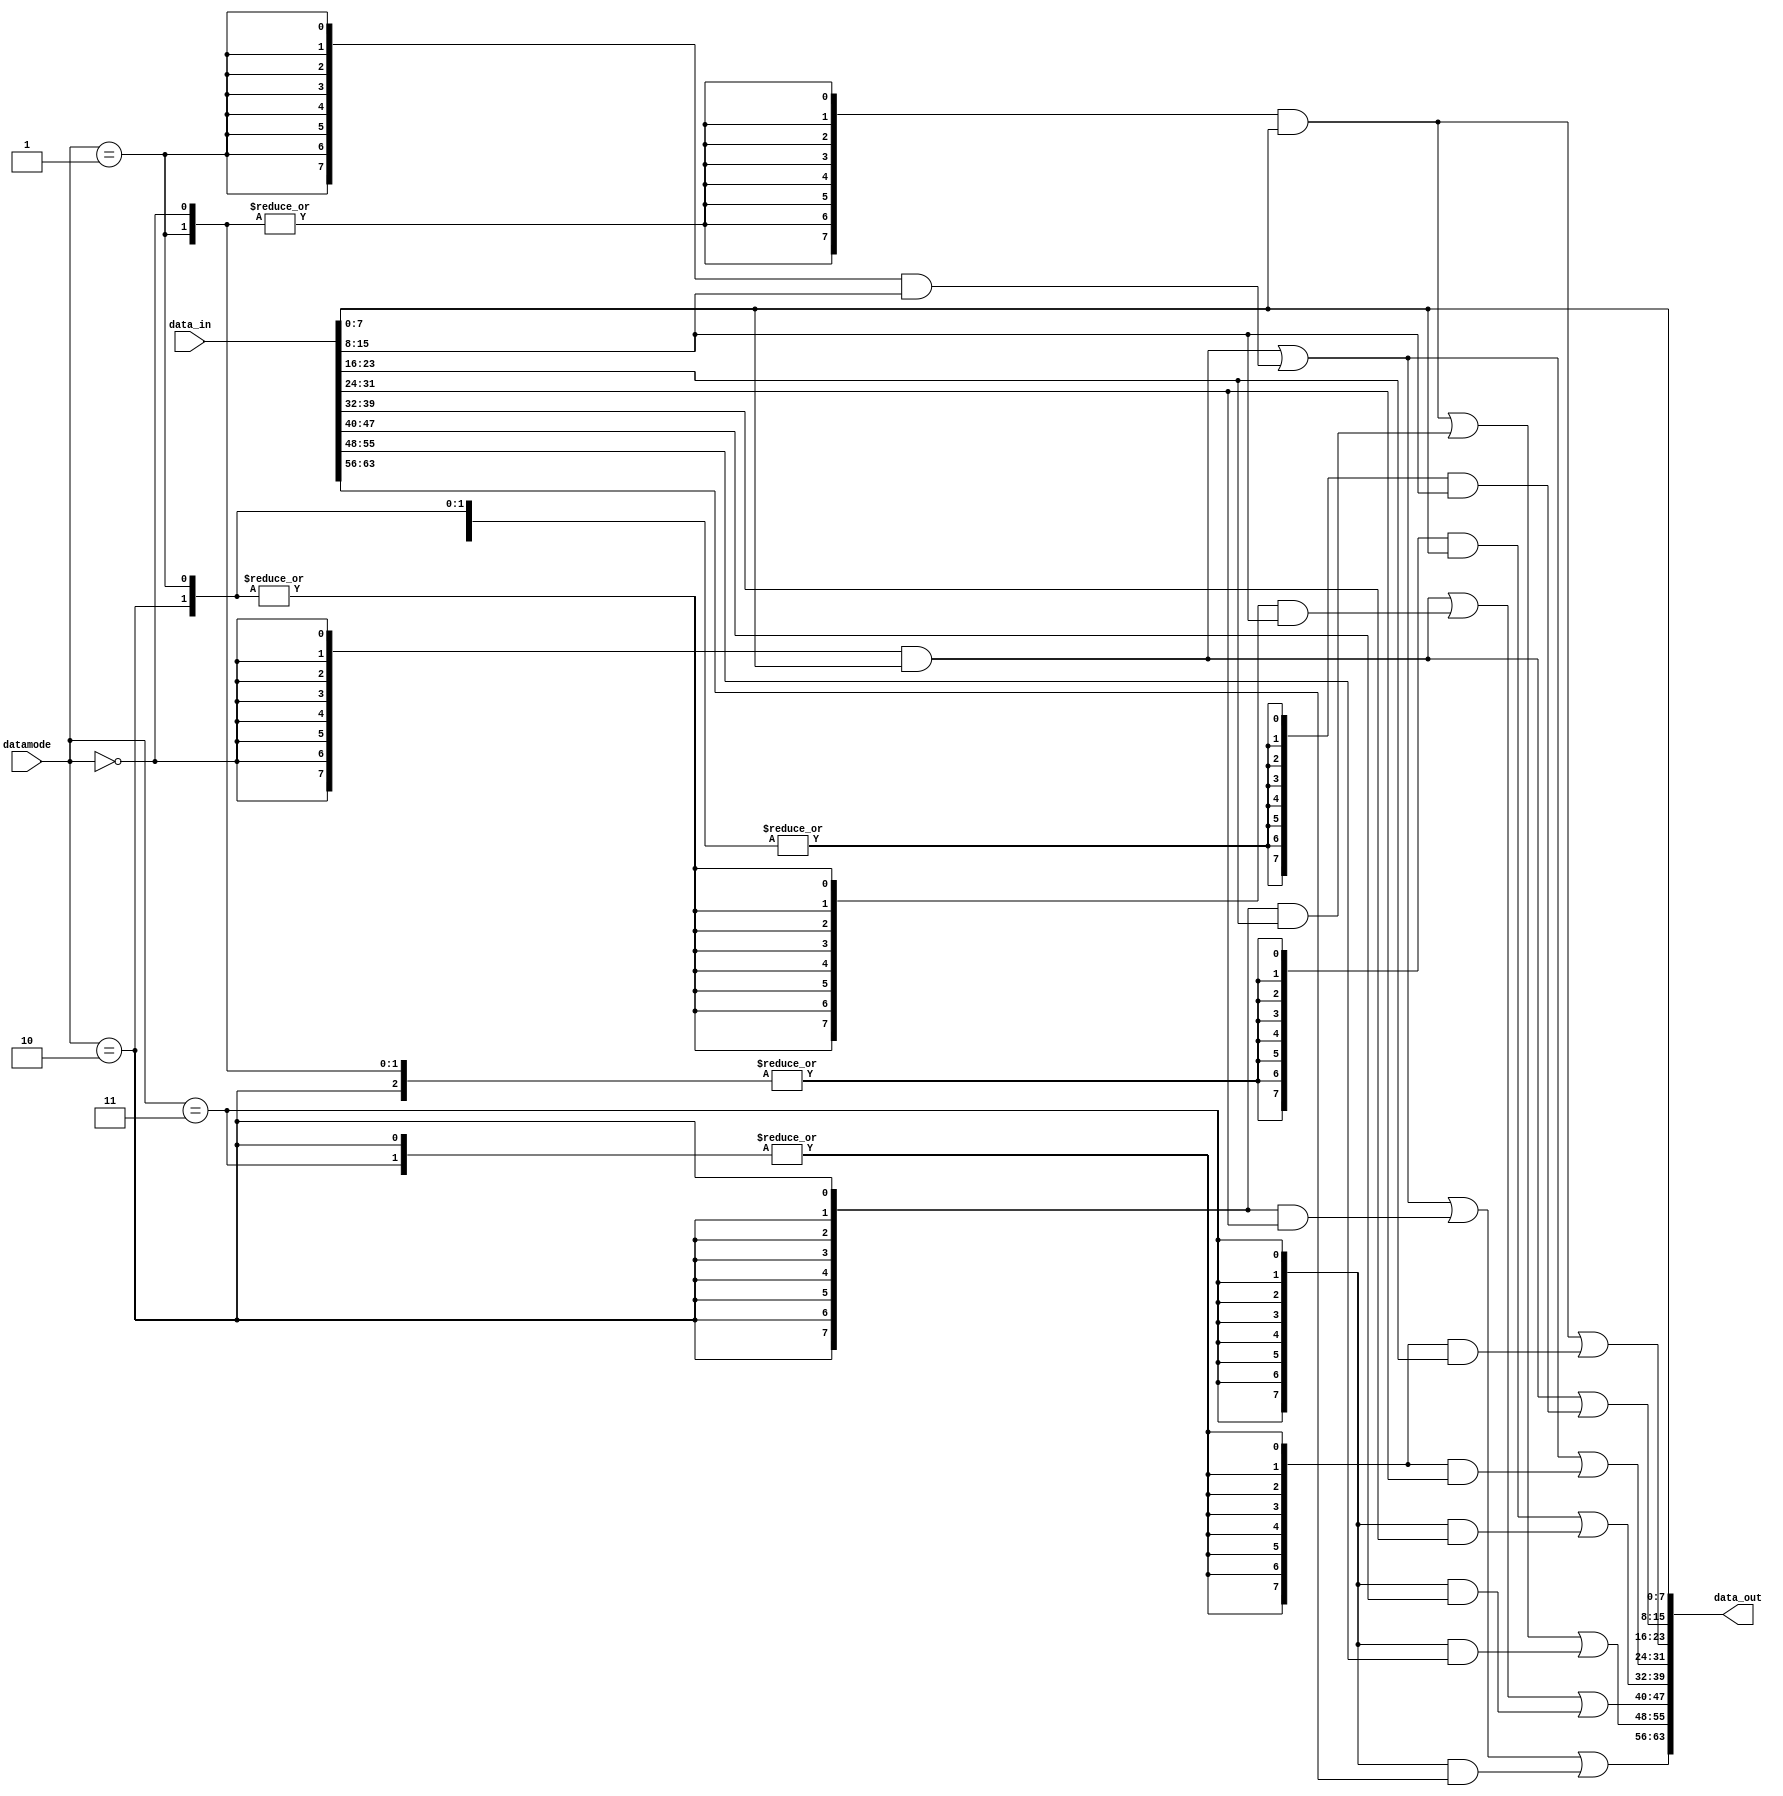
/* Aligns data before writing.
 * Incoming data is aligned to lsb's
 */ 
module emesh_wralign (/*AUTOARG*/
   // Outputs
   data_out,
   // Inputs
   datamode, data_in
   );

   input  [1:0]    datamode;
   input  [63:0]   data_in;
   output [63:0]   data_out;

   wire [3:0] data_size;
      
   assign data_size[0]= (datamode[1:0]==2'b00);//byte
   assign data_size[1]= (datamode[1:0]==2'b01);//short
   assign data_size[2]= (datamode[1:0]==2'b10);//word
   assign data_size[3]= (datamode[1:0]==2'b11);//double

   //B0(0)
   assign data_out[7:0]   = data_in[7:0];

   //B1(16 NAND2S,8 NOR2S)
   assign data_out[15:8]  = {(8){data_size[0]}}      & data_in[7:0]   |
                            {(8){(|data_size[3:1])}} & data_in[15:8] ;
   
   //B2(16 NAND2S,8 NOR2S)
   assign data_out[23:16] = {(8){(|data_size[1:0])}} & data_in[7:0]   |
                            {(8){(|data_size[3:2])}} & data_in[23:16] ; 

   //B3(24 NAND2S,8 NOR3S)
   assign data_out[31:24] = {(8){data_size[0]}}      & data_in[7:0]   |
                            {(8){data_size[1]}}      & data_in[15:8]  |
                            {(8){(|data_size[3:2])}} & data_in[31:24] ; 
   
   //B4(24 NAND2S,8 NOR3S)
   assign data_out[39:32] = {(8){(|data_size[2:0])}} & data_in[7:0]   |
                            {(8){data_size[3]}}      & data_in[39:32] ;

   //B5(24 NAND2S,8 NOR3S)
   assign data_out[47:40] = {(8){data_size[0]}}      & data_in[7:0]   |
                            {(8){(|data_size[2:1])}} & data_in[15:8]  |
                            {(8){data_size[3]}}      & data_in[47:40] ;

   //B6(24 NAND2S,8 NOR3S)
   assign data_out[55:48] = {(8){(|data_size[1:0])}} & data_in[7:0]   |
                            {(8){data_size[2]}}      & data_in[23:16] |
                            {(8){data_size[3]}}      & data_in[55:48] ;
   
   //B7(32 NAND2S,16 NOR2S)
   assign data_out[63:56] = {(8){data_size[0]}}      & data_in[7:0]   |
                            {(8){data_size[1]}}      & data_in[15:8]  |
                            {(8){data_size[2]}}      & data_in[31:24] |
                            {(8){data_size[3]}}      & data_in[63:56] ;

endmodule // memory_wralign